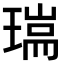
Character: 𤨈